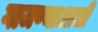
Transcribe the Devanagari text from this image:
गाजण्याआधी